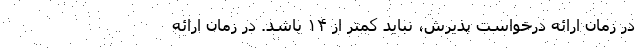
در زمان ارائه درخواست پذیرش، نباید کمتر از ۱۴ باشد. در زمان ارائه